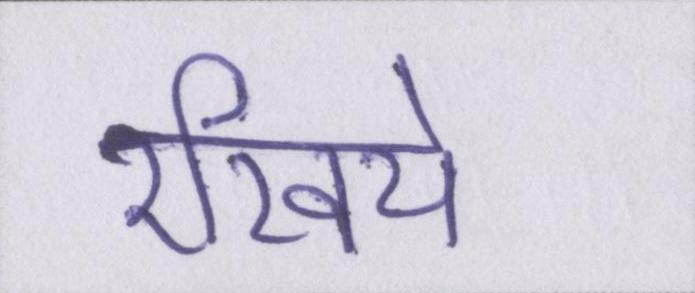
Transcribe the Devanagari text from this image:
रखिये